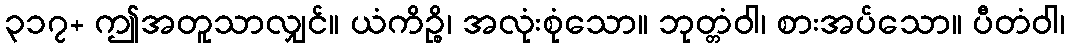
၃၁၇+ ဤအတူသာလျှင်။ ယံကိဉ္စိ၊ အလုံးစုံသော။ ဘုတ္တံဝါ၊ စားအပ်သော။ ပီတံဝါ၊